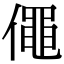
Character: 僶